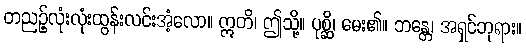
တညဉ့်လုံးလုံးထွန်းလင်းအံ့လော။ ဣတိ၊ ဤသို့။ ပုစ္ဆိ၊ မေး၏။ ဘန္တေ၊ အရှင်ဘုရား။